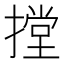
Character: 摚